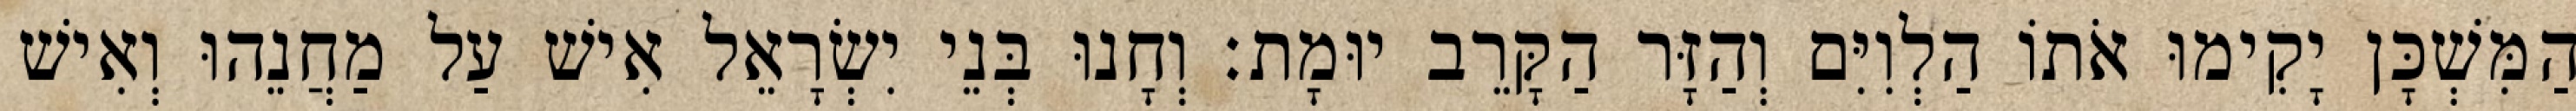
הַמִּשְׁכָּן יָקִימוּ אֹתוֹ הַלְוִיִּם וְהַזָּר הַקָּרֵב יוּמָת׃ וְחָנוּ בְּנֵי יִשְׂרָאֵל אִישׁ עַל מַחֲנֵהוּ וְאִישׁ